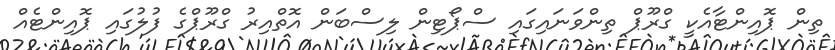
ތިން ޕޮއިންޓާއެކީ ގްރޫޕް ތިންވަނައިގައި ސްޕޯޓިން ލިސްބަން އޮތްއިރު ގްރޫޕްގެ ފުލުގައި ޕޮއިންޓެއް